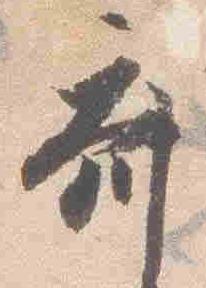
斎